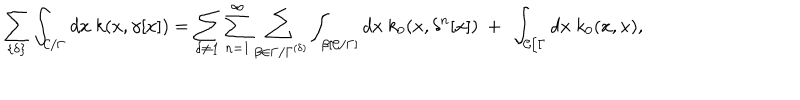
\sum _ { \{ \delta \} } \int _ { { \cal C } / \Gamma } d x ~ k ( x , \gamma [ x ] ) = \sum _ { \delta \neq { \bf 1 } } \sum _ { n = 1 } ^ { \infty } \sum _ { \beta \in \Gamma / \Gamma ^ { ( \delta ) } } \int _ { \beta [ { \cal C } / \Gamma ] } d x ~ k _ { 0 } ( x , \delta ^ { n } [ x ] ) ~ + ~ \int _ { { \cal C } / \Gamma } d x ~ k _ { 0 } ( x , x ) ,